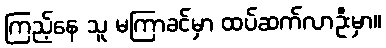
ကြည့်နေ သူ မကြာခင်မှာ ထပ်ဆက်လာဦးမှာ။